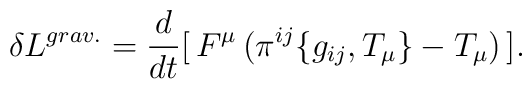
\delta L^{grav.} = \frac{d}{dt} [\,  F^{\mu} \, (\pi^{ij} \{ g_{ij}, T_{\mu} \} - T_{\mu}) \,].